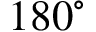
1 8 0 ^ { \circ }